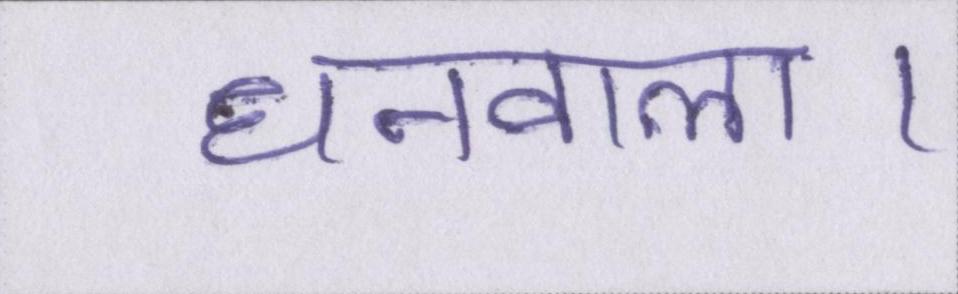
धनवाला।